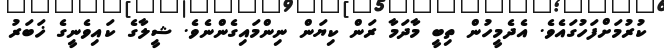
ކުރުމަށްފަހުގައެވެ. އެދެމީހުން ތިބީ މާދަމާ ރަން ކިޔަން ނިންމައިގެންނެވެ. ޝީލާގެ ކައިވެނީގެ ޚަބަރު